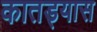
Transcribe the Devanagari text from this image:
कातड्यास